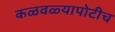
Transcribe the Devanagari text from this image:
कळवळ्यापोटीच